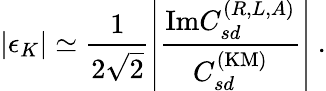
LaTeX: \left\vert\epsilon_{K}\right\vert\simeq\frac{1}{2\sqrt{2}}\left\vert\frac{\mathrm{Im}C_{sd}^{(R,L,A)}}{C_{sd}^{\mathrm{(KM)}}}\right\vert\ .